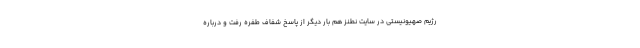
رژیم صهیونیستی در سایت نطنز هم بار دیگر از پاسخ شفاف طفره رفت و درباره